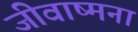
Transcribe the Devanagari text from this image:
जीवाष्मना